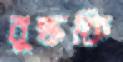
বুদ্ধকি